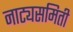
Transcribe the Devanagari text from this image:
नाट्यसमिती